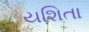
યશિતા